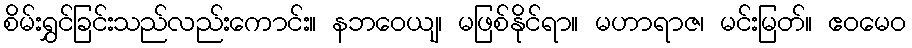
စိမ်းရွှင်ခြင်းသည်လည်းကောင်း။ နဘဝေယျ၊ မဖြစ်နိုင်ရာ။ မဟာရာဇ၊ မင်းမြတ်။ ဧဝမေဝ